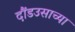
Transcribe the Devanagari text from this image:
दौंडउसाच्या